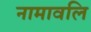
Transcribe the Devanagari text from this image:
नामावलि